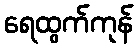
ရေထွက်ကုန်